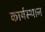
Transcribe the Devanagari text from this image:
कार्यस्‍थान